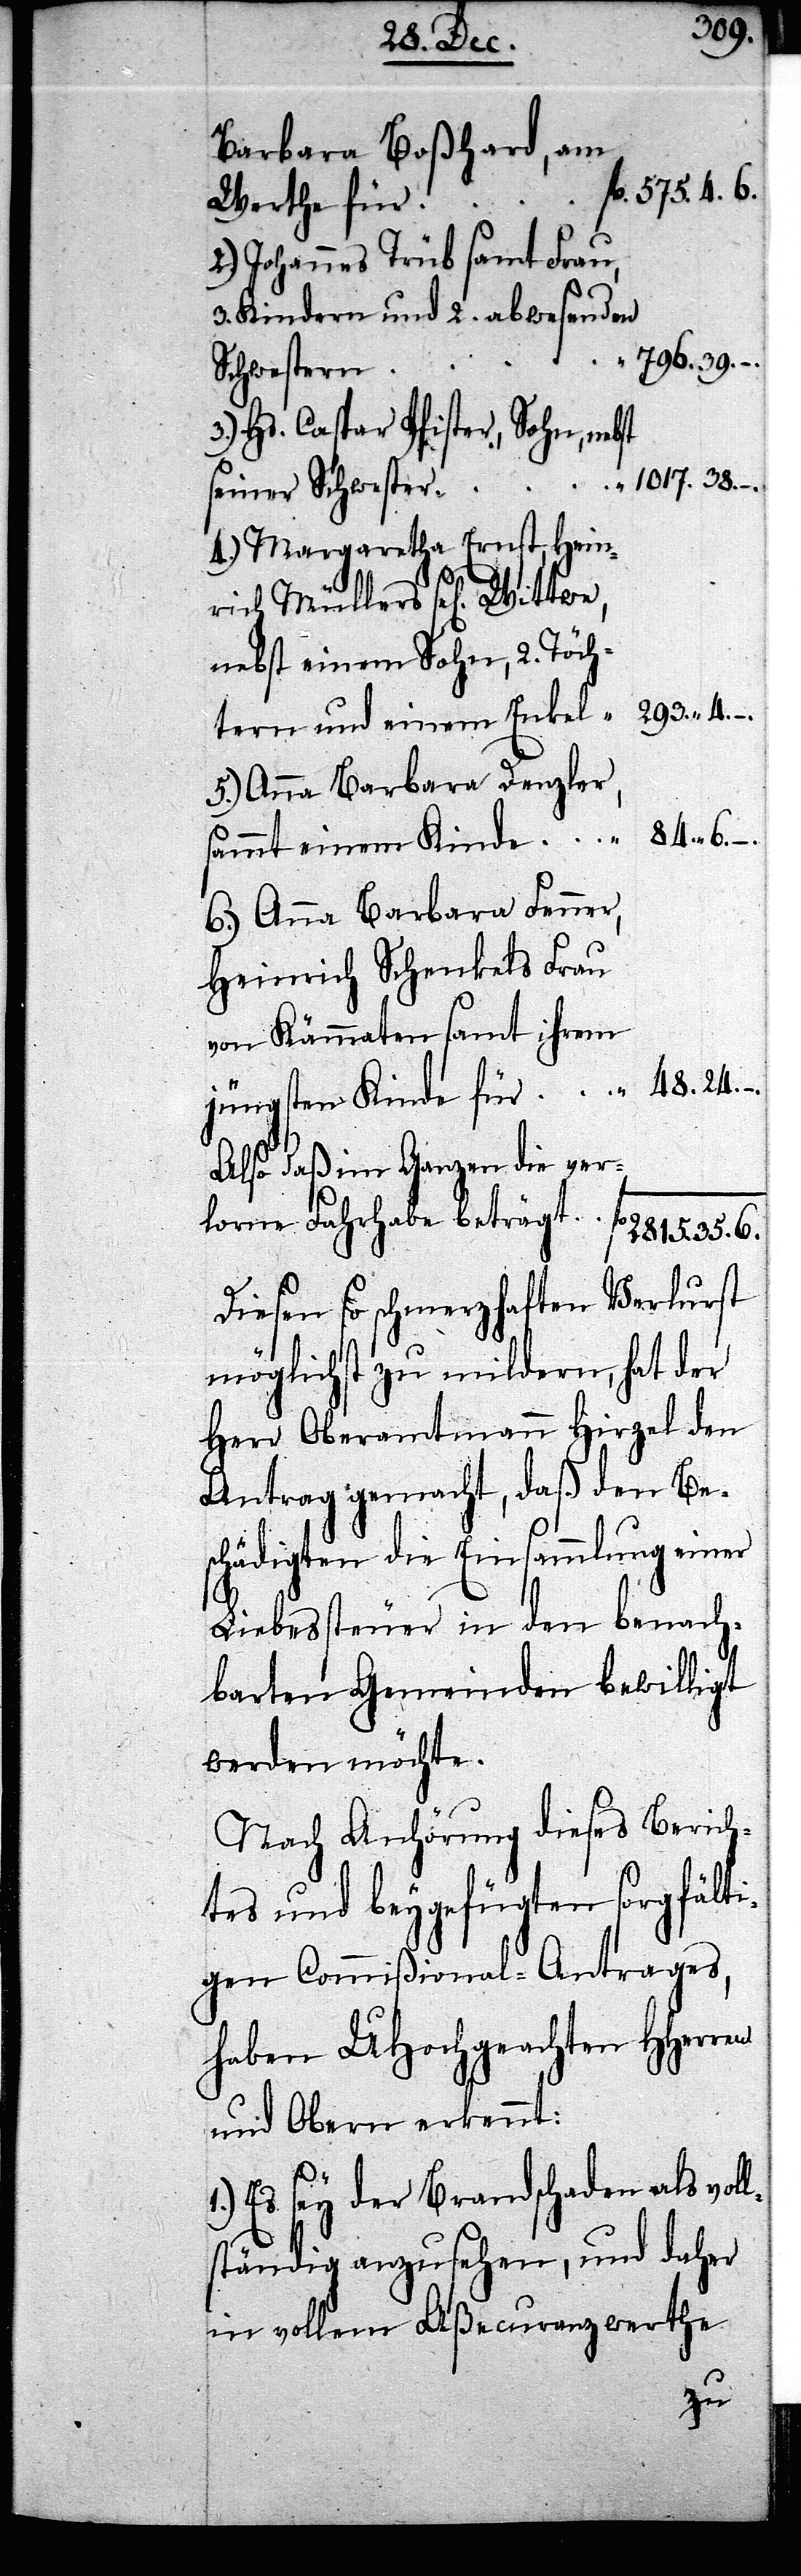
48.24.–.
Barbara Boßhard, am
2.) Johannes Trüb samt Frau,
3. Kindern und 2. abwesenden
796.39.–.
l¬
Schwestern
3.) Hs. Caspar Pfister, Sohn, nebst
seiner Schwester 			“ 1017.38.–.
4.) Margaretha Ernst, Hein¬
rich Müllers sel[igen]
einem Sohn, 2. Töch¬
tern und einem Enkel
5.) Anna Barbara Denzler,
84.6.–.
sammt einem Kinde
6.) Anna Barbara Fenner,
Heinrich Schenkels Frau
Kämmaten sammt ihrem
jüngsten Kinde für
also daß im Ganzen die ver¬
lorne Fahrhabe beträgt			fl 2815.35.6.
Diesen so schmerzhaften Verlurst
möglicht zu mildern, hat der
Herr Oberamtmann Hirzel den
Antrag gemacht, daß den Bes¬
chädigten die Einsammlung einer
Liebessteuer in den benach¬
barten Gemeinden bewilligt
werden möchte.
Nach Anhörung dieses Berich¬
tes und beygefügten sorgfälti¬
gen Commißional-Antrages,
haben UHochgeachten HHerren
und Obern erkennt:
Es sey der Brandschaden als vol¬
ständig anzusehen, und daher
in vollem Aßecuranzwerthe